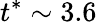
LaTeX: t^{*}\sim 3.6